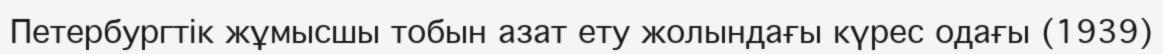
Петербургтік жұмысшы тобын азат ету жолындағы күрес одағы (1939)